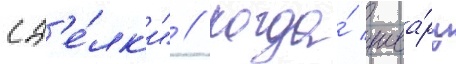
сд'е́лк'и" // Когда́ шва́рц